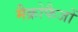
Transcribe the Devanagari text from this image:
मैक्रोफैजों